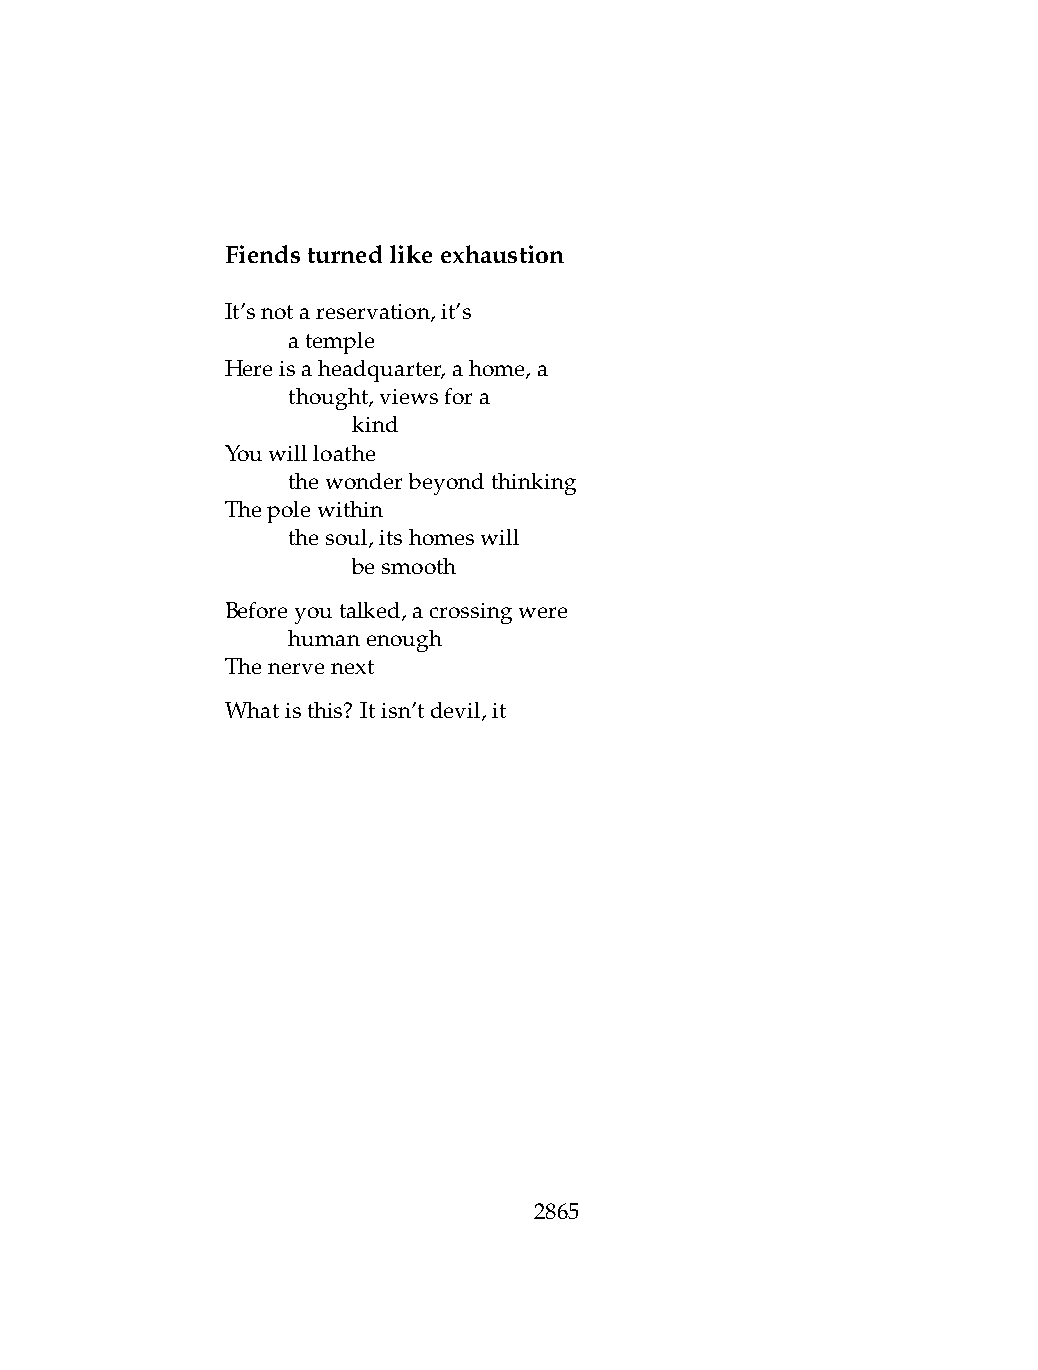
Fiendsturnedlikeexhaustion
 It’snotareservation,it’s
 .   atemple
 Hereisaheadquarter,ahome,a
 .   thought,viewsfora
 .   .   kind
 Youwillloathe
 .   thewonderbeyondthinking
 Thepolewithin
 .   thesoul,itshomeswill
 .   .   besmooth
 Beforeyoutalked,acrossingwere
 .   humanenough
 Thenervenext
 Whatisthis? Itisn’tdevil,it
 2865